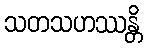
သတသဟဿန္တိ